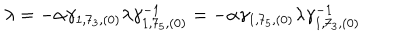
\lambda = - \alpha \gamma _ { 1 , 7 _ { 3 } , ( 0 ) } \lambda \gamma _ { 1 , 7 _ { 5 } , ( 0 ) } ^ { - 1 } = - \alpha \gamma _ { 1 , 7 _ { 5 } , ( 0 ) } \lambda \gamma _ { 1 , 7 _ { 3 } , ( 0 ) } ^ { - 1 }